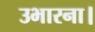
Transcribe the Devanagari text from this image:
उभारना।